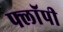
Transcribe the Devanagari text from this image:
फ्लाॅपी